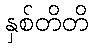
နှစ်တိတိ